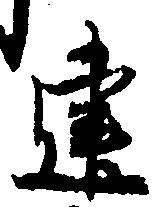
建